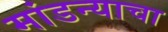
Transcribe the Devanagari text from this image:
मांडन्याचा